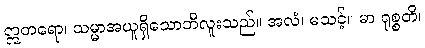
ဣတရော၊ သမ္မာအယူရှိသောဘီလူးသည်။ အလံ၊ မသင့်။ မာ ရုစ္စတိ၊